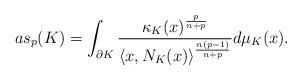
LaTeX: \begin{align*}as_p(K) = \int_{\partial K} \frac{ \kappa_K(x)^\frac{p}{n+p}}{\langle x, N_K(x) \rangle^\frac{n(p-1)}{n+p}} d\mu_K(x).\end{align*}